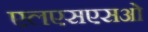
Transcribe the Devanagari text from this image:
एलएसएसओ